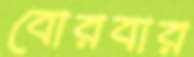
বোরবার